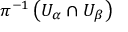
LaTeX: \pi ^ { - 1 } \left( U _ { \alpha } \cap U _ { \beta } \right)